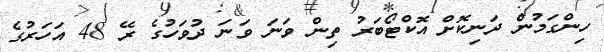
ހިންގަމުން ދަނިކޮށް އޮކްޓޯބަރު ތިން ވަނަ ވަނަ ދުވަހުގެ ރޭ 48 އަހަރުގެ